Civil Veterinary Department Bihar & Orissa reports 1911-21 - 1911-1921
Year: 1911
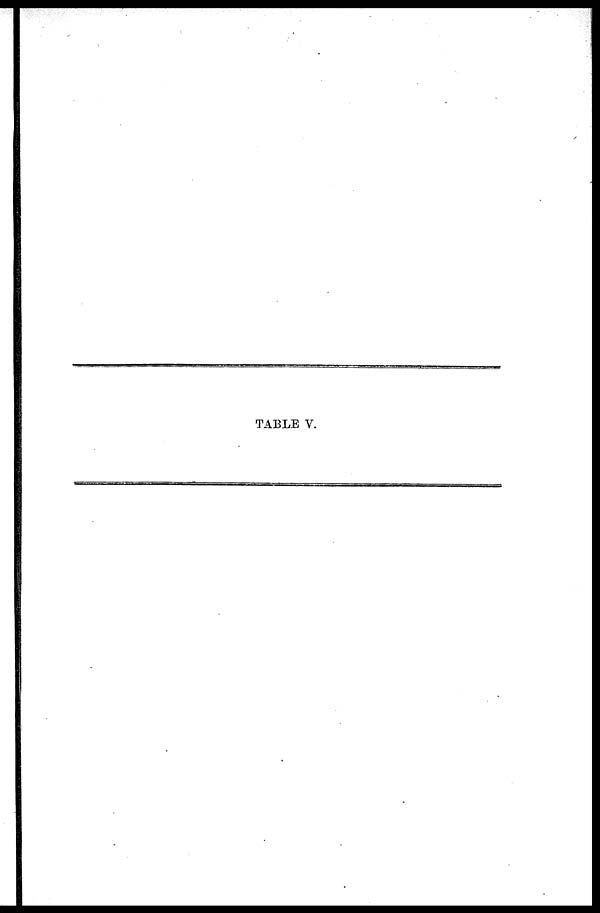
TABLE V.